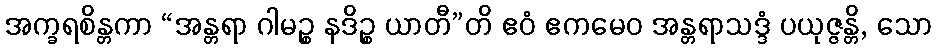
အက္ခရစိန္တကာ “အန္တရာ ဂါမဉ္စ နဒိဉ္စ ယာတီ”တိ ဧဝံ ဧကမေဝ အန္တရာသဒ္ဒံ ပယုဇ္ဇန္တိ, သော